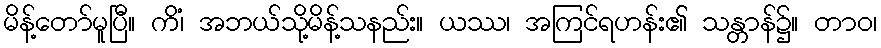
မိန့်တော်မူပြီ။ ကိံ၊ အဘယ်သို့မိန့်သနည်း။ ယဿ၊ အကြင်ရဟန်း၏ သန္တာန်၌။ တာဝ၊